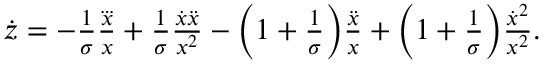
\begin{array} { r } { \dot { z } = - \frac { 1 } { \sigma } \frac { \dddot { x } } { x } + \frac { 1 } { \sigma } \frac { \dot { x } \ddot { x } } { x ^ { 2 } } - \Big ( 1 + \frac { 1 } { \sigma } \Big ) \frac { \ddot { x } } { x } + \Big ( 1 + \frac { 1 } { \sigma } \Big ) \frac { \dot { x } ^ { 2 } } { x ^ { 2 } } . } \end{array}